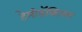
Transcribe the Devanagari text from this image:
हेमीडॅक्टिलस